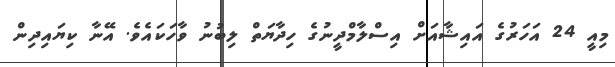
މިއީ 24 އަހަރުގެ އައިޝާއަށް އިސްލާމްދީނުގެ ހިދާޔަތް ލިބުނު ވާހަކައެވެ. އޭނާ ކިޔައިދިން